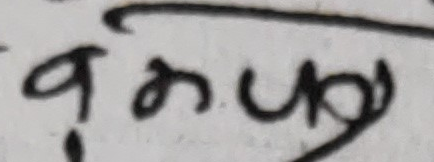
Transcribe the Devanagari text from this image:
बकपुर